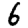
Digit: 6